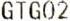
GTG02